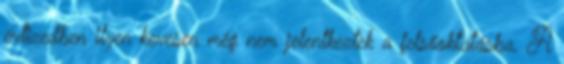
évtizedben ilyen kevesen még nem jelentkeztek a felsőoktatásba. A